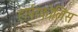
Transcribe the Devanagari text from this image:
हार्परकोलिंस